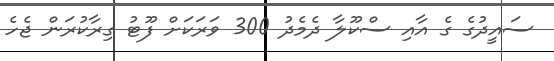
ސައީދުގެ ގެ އާއި ސްކޫލާ ދެމެދު 300 ވަރަކަށް ފޫޓު ގިރާކުރަން ޖެހެ